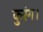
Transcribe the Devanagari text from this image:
कुरंग।